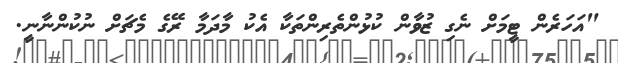
"އަހަރެން ޓީމަށް ނެގި ޒުވާން ކުޅުންތެރިންތަކާ އެކު މާދަމާ ރޭގެ މެޗަށް ނުކުންނާނީ.